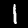
Label: 1